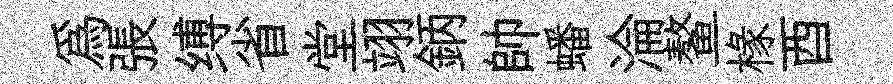
爲張缚省堂翊鈵帥蟠淪鳌椽酉